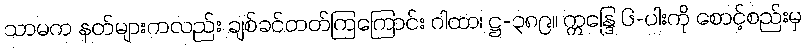
သာမက နတ်များကလည်း ချစ်ခင်တတ်ကြကြောင်း ဂါထာ၊ ဋ္ဌ-၃၈၉။ ဣန္ဒြေ ၆-ပါးကို စောင့်စည်းမှ